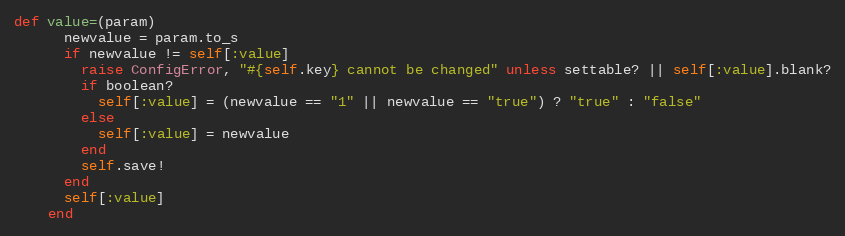
Language: Ruby
def value=(param)
      newvalue = param.to_s
      if newvalue != self[:value]
        raise ConfigError, "#{self.key} cannot be changed" unless settable? || self[:value].blank?
        if boolean?
          self[:value] = (newvalue == "1" || newvalue == "true") ? "true" : "false"
        else
          self[:value] = newvalue
        end
        self.save!
      end
      self[:value]
    end